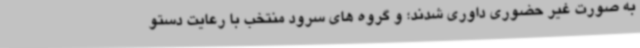
به صورت غیر حضوری داوری شدند؛ و گروه های سرود منتخب با رعایت دستو